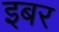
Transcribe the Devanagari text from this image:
इबर